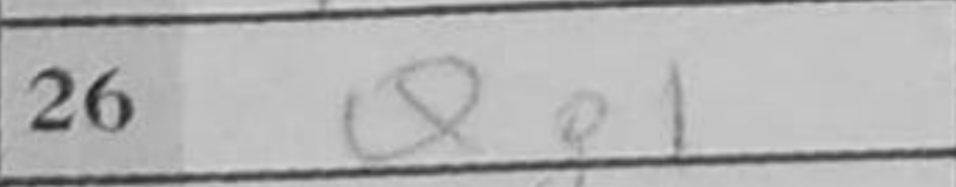
Transcription: Qg1